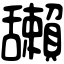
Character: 𦧺